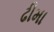
ઢીમા